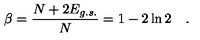
\beta = \frac { N + 2 E _ { g . s . } } { N } = 1 - 2 \ln 2 \quad .